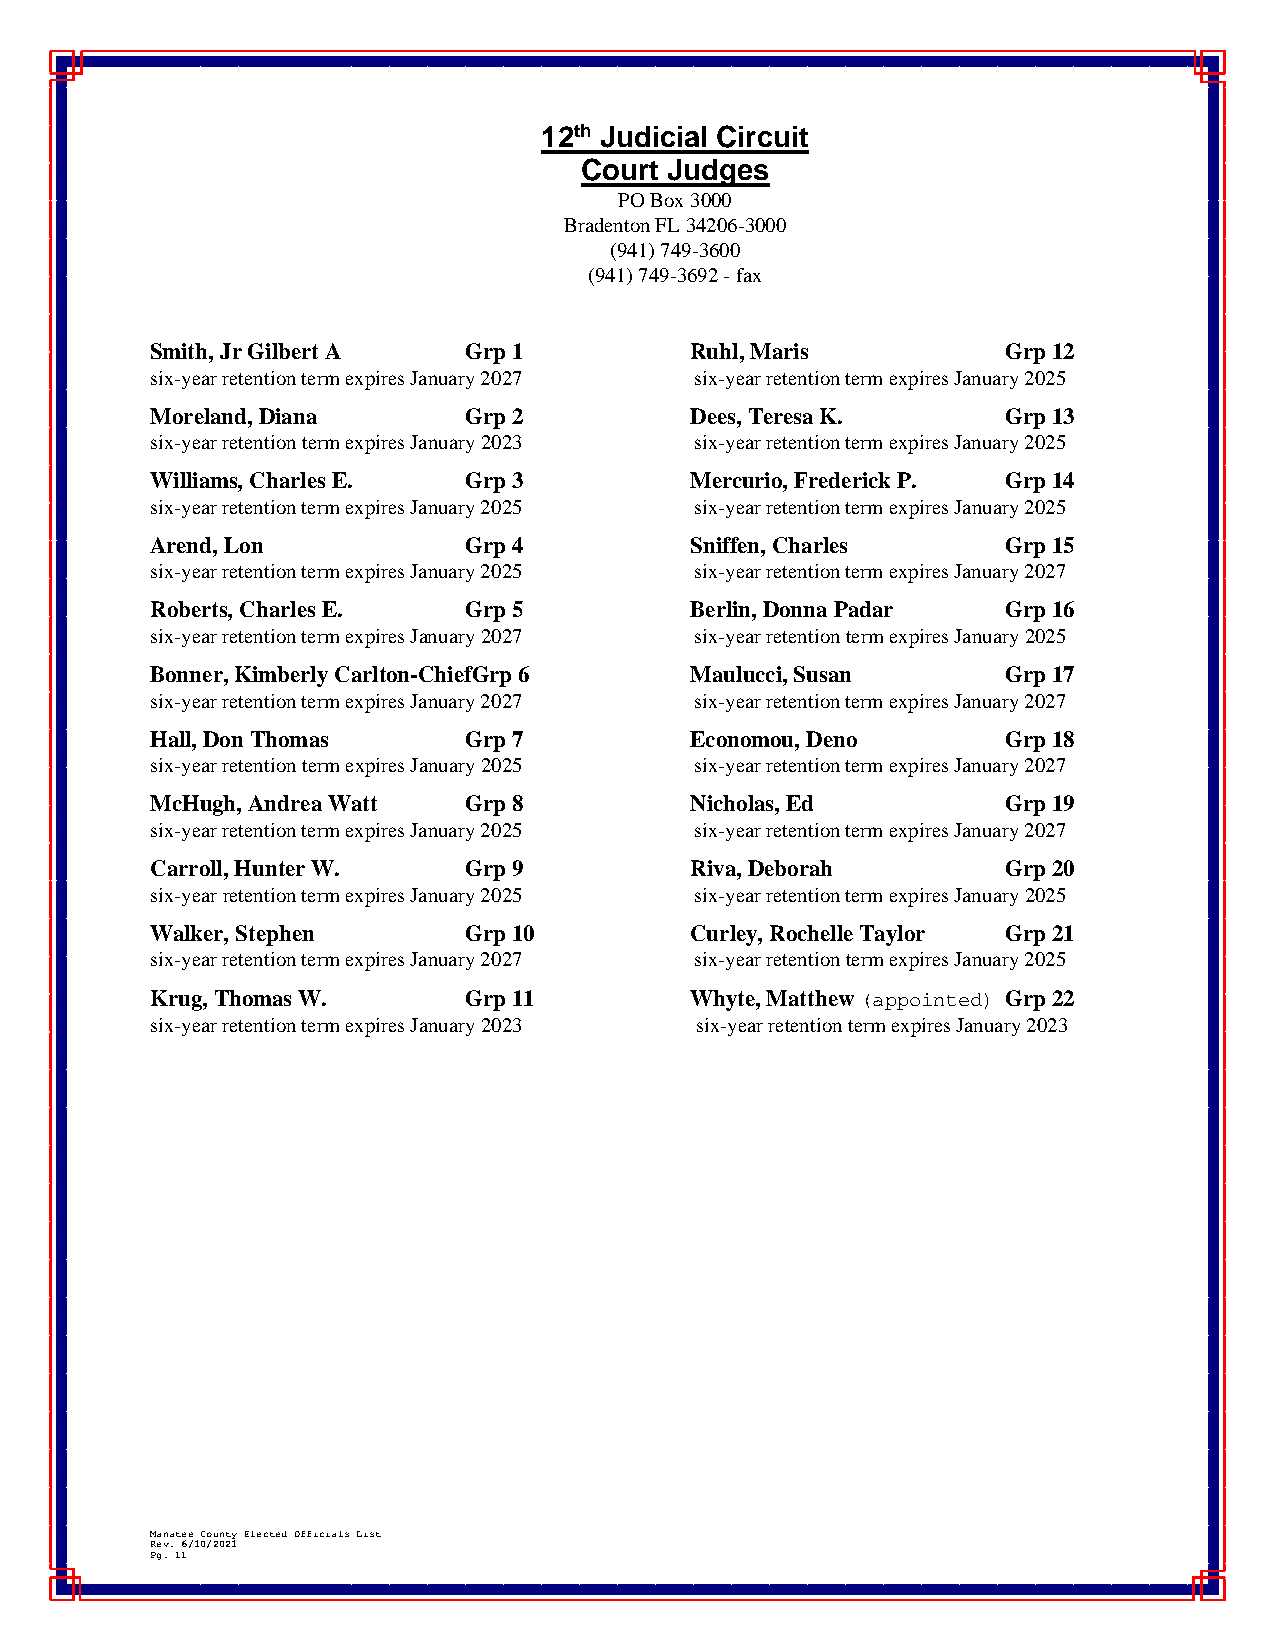
12th Judicial Circuit
 Court Judges
 PO Box 3000
 Bradenton FL 34206-3000
 (941) 749-3600
 (941) 749-3692 - fax
 Smith, Jr Gilbert A  Grp 1          Ruhl, Maris          Grp 12
 six-year retention term expires January 2027 six-year retention term expires January 2025
 Moreland, Diana      Grp 2          Dees, Teresa K.      Grp 13
 six-year retention term expires January 2023 six-year retention term expires January 2025
 Williams, Charles E. Grp 3          Mercurio, Frederick P. Grp 14
 six-year retention term expires January 2025 six-year retention term expires January 2025
 Arend, Lon           Grp 4          Sniffen, Charles     Grp 15
 six-year retention term expires January 2025 six-year retention term expires January 2027
 Roberts, Charles E.  Grp 5          Berlin, Donna Padar  Grp 16
 six-year retention term expires January 2027 six-year retention term expires January 2025
 Bonner, Kimberly Carlton-ChiefGrp 6 Maulucci, Susan      Grp 17
 six-year retention term expires January 2027 six-year retention term expires January 2027
 Hall, Don Thomas     Grp 7          Economou, Deno       Grp 18
 six-year retention term expires January 2025 six-year retention term expires January 2027
 McHugh, Andrea Watt  Grp 8          Nicholas, Ed         Grp 19
 six-year retention term expires January 2025 six-year retention term expires January 2027
 Carroll, Hunter W.   Grp 9          Riva, Deborah        Grp 20
 six-year retention term expires January 2025 six-year retention term expires January 2025
 Walker, Stephen      Grp 10         Curley, Rochelle Taylor Grp 21
 six-year retention term expires January 2027 six-year retention term expires January 2025
 Krug, Thomas W.      Grp 11         Whyte, Matthew (appointed) Grp 22
 six-year retention term expires January 2023 six-year retention term expires January 2023
 Manatee County Elected Officials List
 Rev. 6/10/2021
 Pg. 11